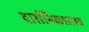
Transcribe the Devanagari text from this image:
दार्शनिकशास्त्र